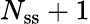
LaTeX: N_{\mathrm{ss}}+1